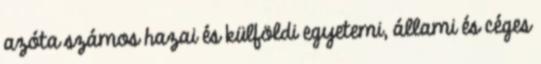
azóta számos hazai és külföldi egyetemi, állami és céges